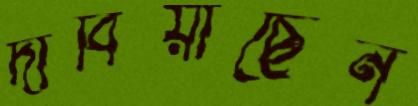
দাবিয়াছেন